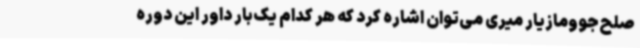
صلح‌جوومازیار میری می‌توان اشاره کرد که هر کدام یک‌بار داور این دوره